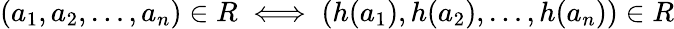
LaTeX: (a_{1},a_{2},\dots,a_{n})\in R\iff(h(a_{1}),h(a_{2}),\dots,h(a_{n}))\in R